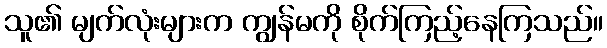
သူ၏ မျက်လုံးများက ကျွန်မကို စိုက်ကြည့်နေကြသည်။